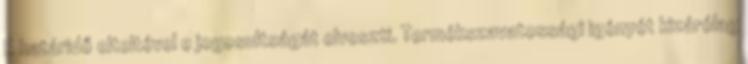
E határidő elteltével e jogosultságát elveszti. Termékszavatossági igényét kizárólag